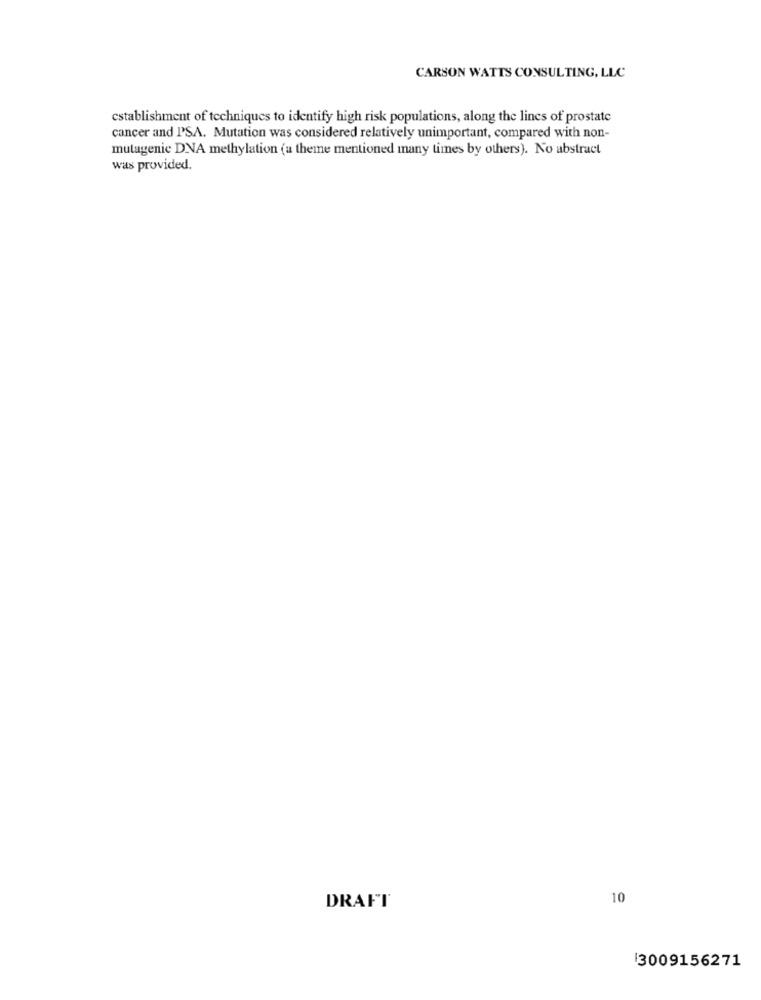
CARSON WATTS CONSULTING, LLC
establishment of techniques to identify high risk populations, along the lines of prostate
cancer and I'SA. Mutation was considered relatively unimportant, compared with non-
mutagenic DNA methylation (a theme mentioned many times by others). No abstract
was provided.
10
DRAFT
13009156271